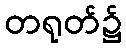
တရုတ်၌